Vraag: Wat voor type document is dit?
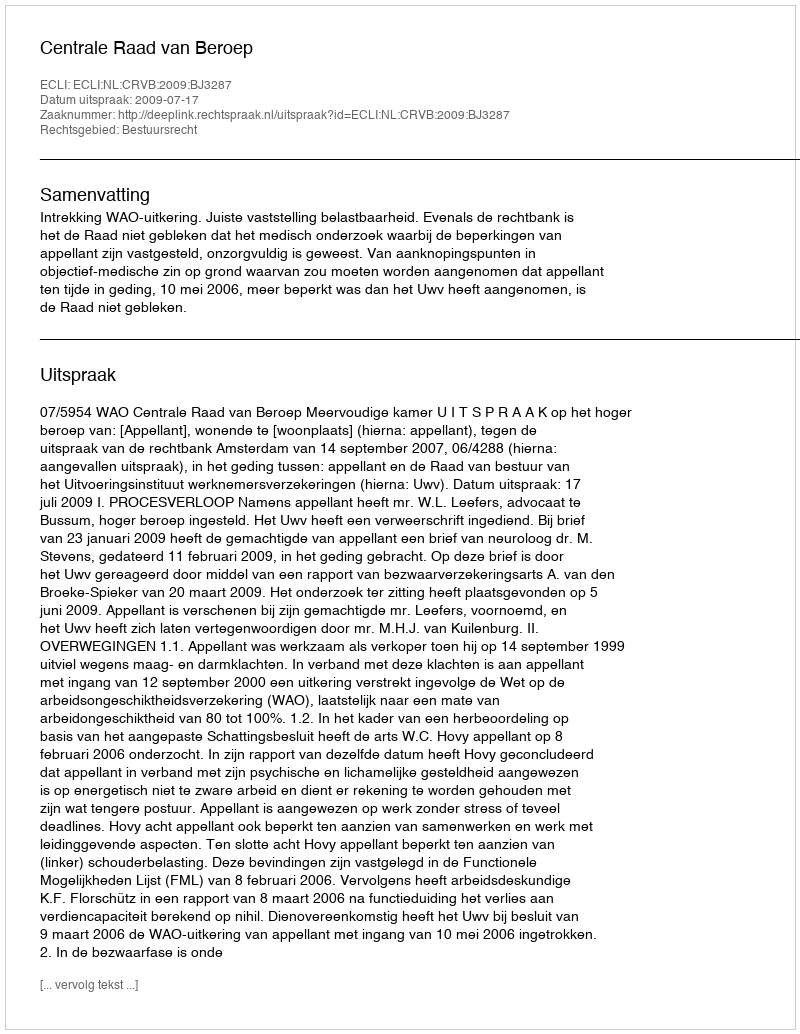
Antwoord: Uitspraak